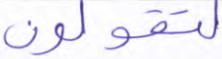
لتقولون